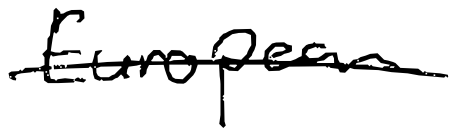
Text: European
Cross-out: single-line
Writing tool: digital_black